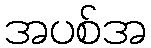
အပစ်အ